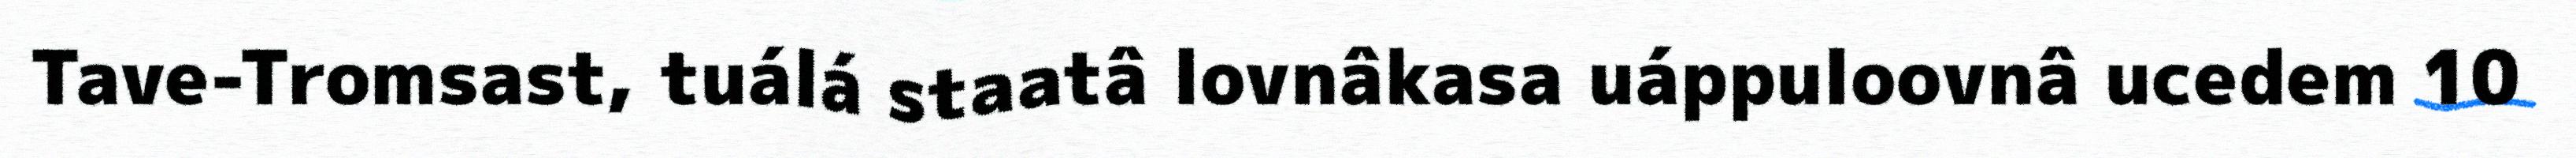
Tave-Tromsast, tuálá staatâ lovnâkasa uáppuloovnâ ucedem 10